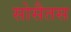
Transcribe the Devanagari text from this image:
सोसैतस